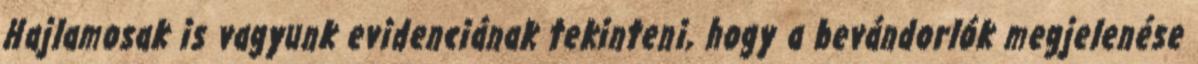
Hajlamosak is vagyunk evidenciának tekinteni, hogy a bevándorlók megjelenése